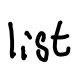
Text: list
Cross-out: clean
Writing tool: digital_black